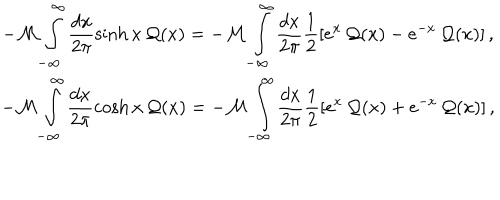
\begin{array} { c } { { \displaystyle - { \cal M } \displaystyle \int _ { - \infty } ^ { \infty } \displaystyle \frac { d x } { 2 \pi } \sinh x \, { \cal Q } ( x ) = - { \cal M } \displaystyle \int _ { - \infty } ^ { \infty } \displaystyle \frac { d x } { 2 \pi } \displaystyle \frac { 1 } { 2 } [ e ^ { x } \, { \cal Q } ( x ) - e ^ { - x } \, { \cal Q } ( x ) ] \, , } } \\ { { - { \cal M } \displaystyle \int _ { - \infty } ^ { \infty } \displaystyle \frac { d x } { 2 \pi } \cosh x \, { \cal Q } ( x ) = - { \cal M } \displaystyle \int _ { - \infty } ^ { \infty } \displaystyle \frac { d x } { 2 \pi } \displaystyle \frac { 1 } { 2 } [ e ^ { x } \, { \cal Q } ( x ) + e ^ { - x } \, { \cal Q } ( x ) ] \, , } } \\ \end{array}